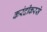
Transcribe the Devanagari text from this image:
करंदीकरसे